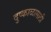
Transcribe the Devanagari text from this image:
दुष्काळासाठी